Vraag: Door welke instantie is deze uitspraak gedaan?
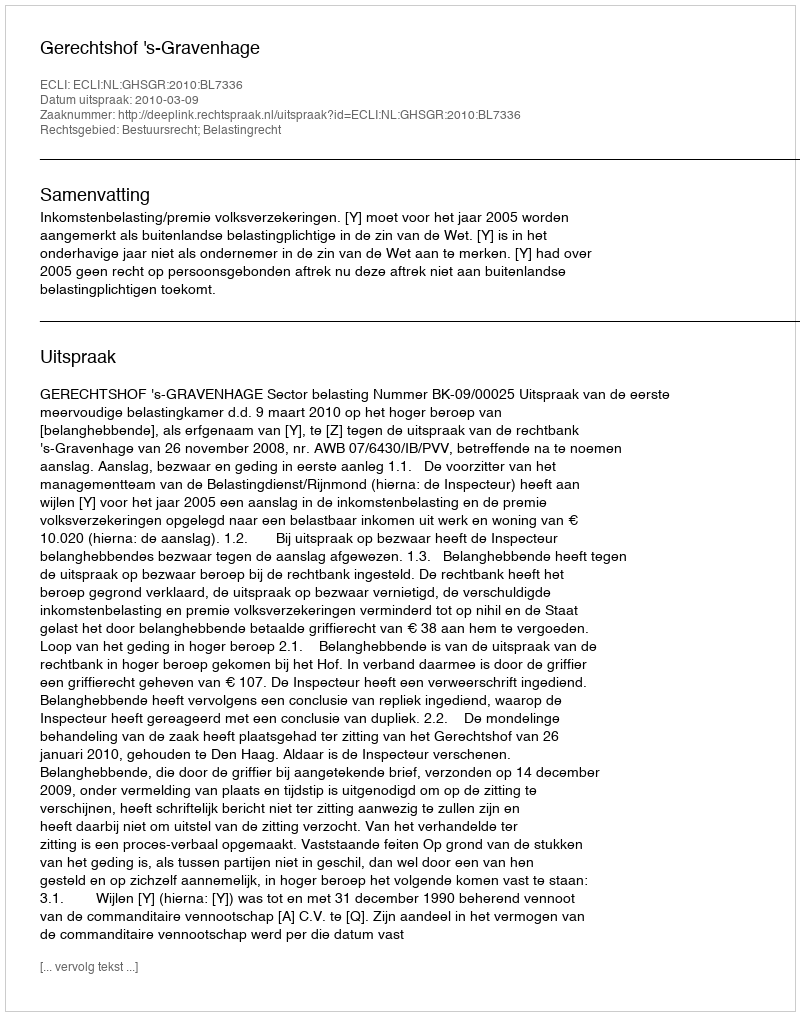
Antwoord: Gerechtshof 's-Gravenhage